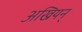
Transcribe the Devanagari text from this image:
अखियन्